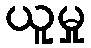
ယူမှု